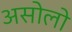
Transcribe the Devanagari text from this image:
असोलो